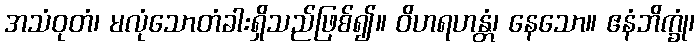
အသံဝုတံ၊ မလုံသောတံခါးရှိသည်ဖြစ်၍။ ဝိဟရဟန္တံ၊ နေသော။ ဧနံဘိက္ခုံ၊